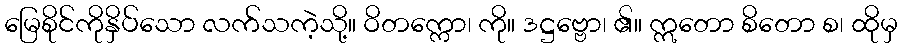
မြေစိုင်ကိုနှိပ်သော လက်သကဲ့သို့။ ဝိတက္ကော၊ ကို။ ဒဋ္ဌဗ္ဗော၊ ၏။ ဣတော စိတော စ၊ ထိုမှ